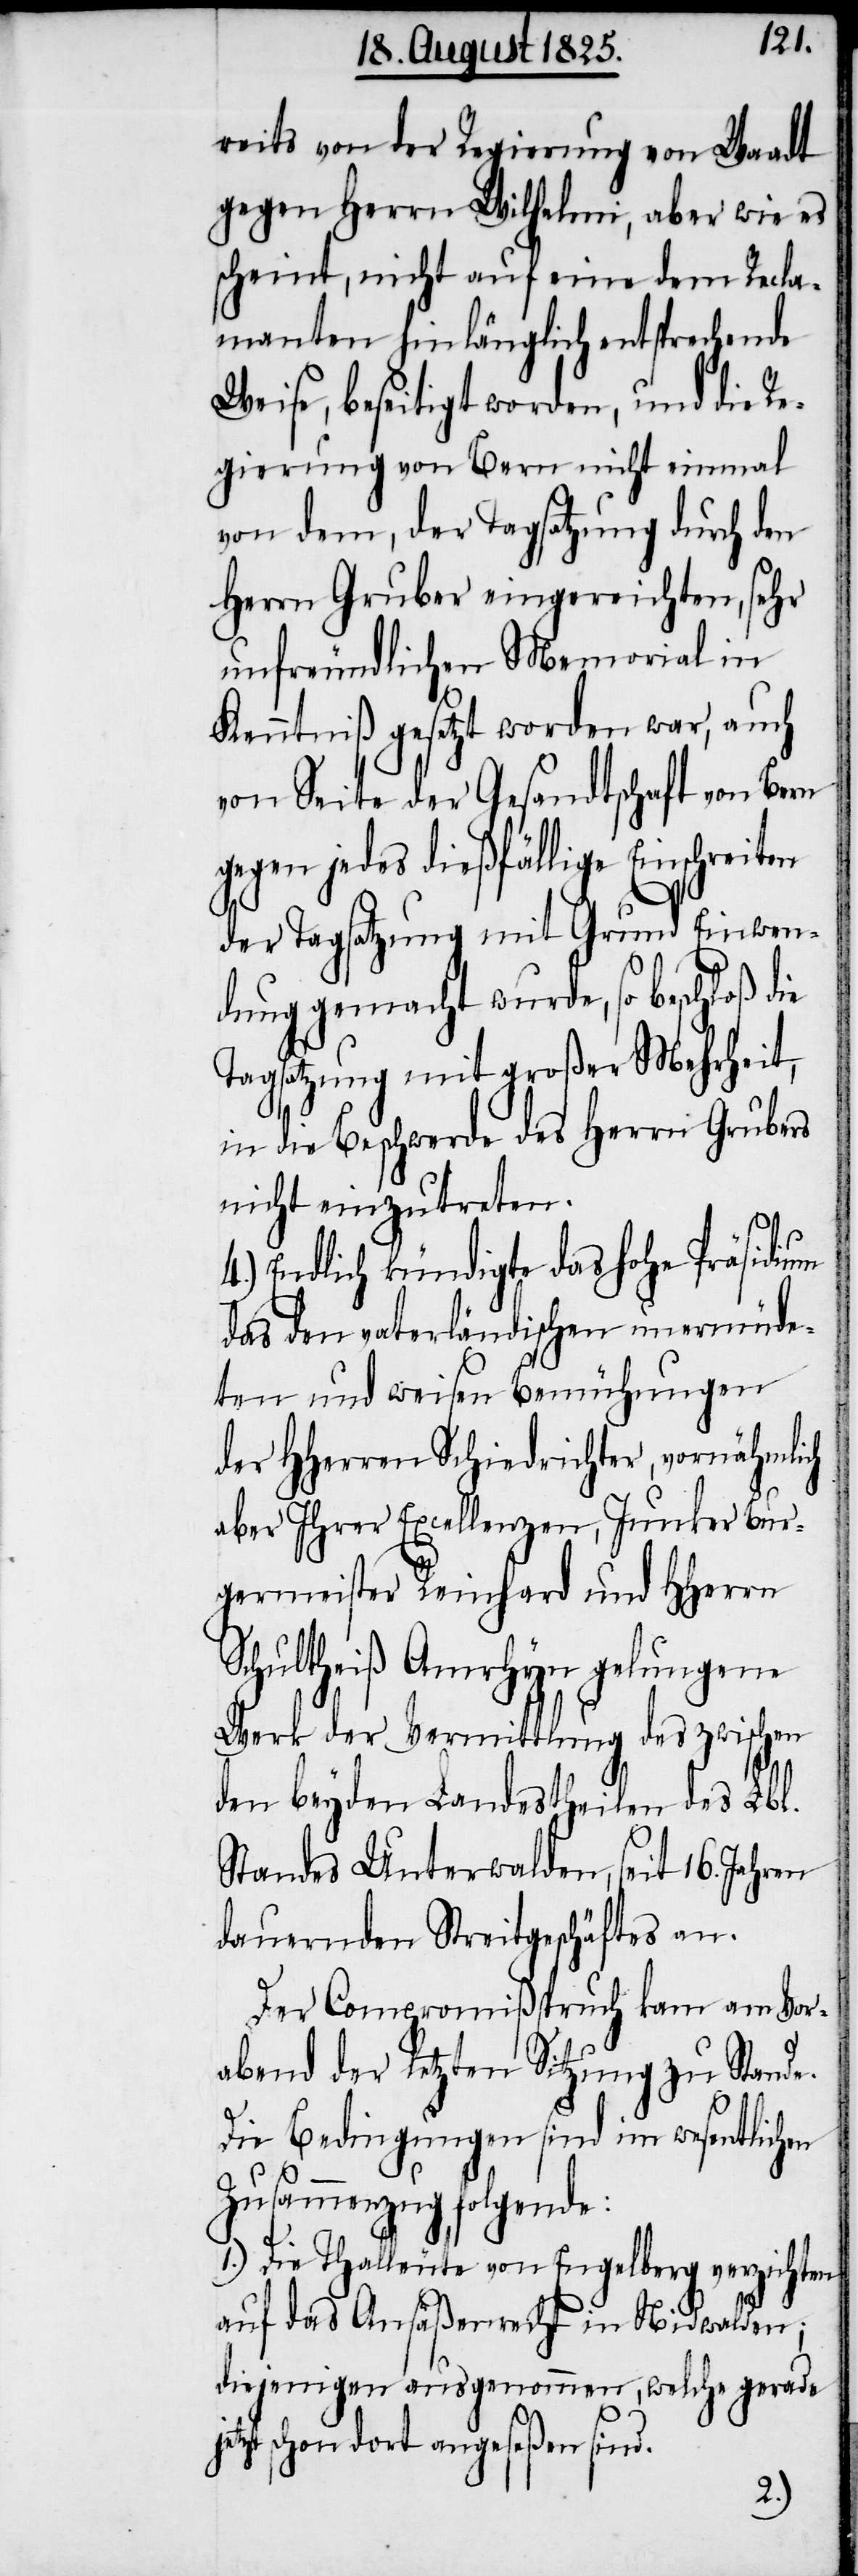
reits von der Regierung von Waadt
gegen Herrn Wilhelm, aber wie es
scheint, nicht auf eine dem Recla¬
manten hinlänglich entsprechende
Weise, beseitigt worden, und die Re¬
gierung von Bern nicht einmal
von dem, der Tagsatzung durch den
Herrn Gruber eingereichten, sehr
unfreundlichen Memorial in
Kenntniß gesetzt worden war, auch
von Seite der Gesandtschaft von Bern
gegen jedes dießfällige Einschreit¬
der Tagsatzung mit Grund Einwen¬
dung gemacht wurde, so beschloß die
Tagsatzung mit großer Mehrheit,
in die Beschwerde des Herrn Grubers
nicht einzutreten.
4.) Endlich kündigte das hohe Präsidium
das den vaterländischen unermüde¬
ten und weisen Bemühungen
aber Ihrer Excellenzen, Junker Bur¬
germeister Reinhard und Hherrn
Schultheiß Amrhyn gelungene
Werk der Vermittlung des zwischen
den beyden Landestheilen des Lbl.
Standes Unterwalden, seit 16. Jahren
dauernden Streitgeschäftes an.
Der Compromißspruch kam am Vor¬
abend der letzten Sitzung zu Stande.
Die Bedingungen sind im wesentlichen
Zusammenzug folgende:
1.) Die Thalleute von Engelberg verzichten
auf das Ansäßenrecht in Nidwalden,
diejenigen ausgenommen, welche gerade
schon dort anges¬
eßen